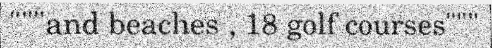
"""and beaches , 18 golf courses"""